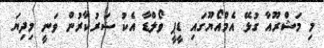
މި މަޝްރޫއާ ގުޅޭ އެމްއޯޔޫގައި ޑީޕީ ވޯލްޑާ އެކު ސަރުކާރުން ވަނީ މިދިޔަ